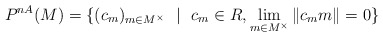
\begin{align*} P^{nA}(M)=\{(c_{m})_{m \in M^{\times}} \ \ | \ \ c_{m} \in R, \lim_{m \in M^{\times}} \|c_{m}m\|=0 \} \end{align*}